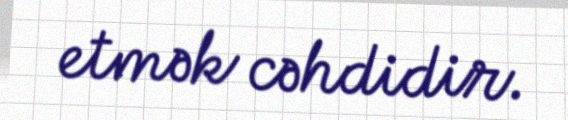
etmək cəhdidir.